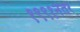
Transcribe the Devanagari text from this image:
१९९१नंतर